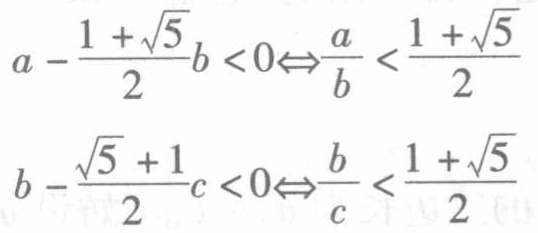
\[
a - \frac{1 + \sqrt{5}}{2}b < 0\Leftrightarrow\frac{a}{b} < \frac{1 + \sqrt{5}}{2}
\]
\[
b - \frac{\sqrt{5} + 1}{2}c < 0\Leftrightarrow\frac{b}{c} < \frac{1 + \sqrt{5}}{2}
\]